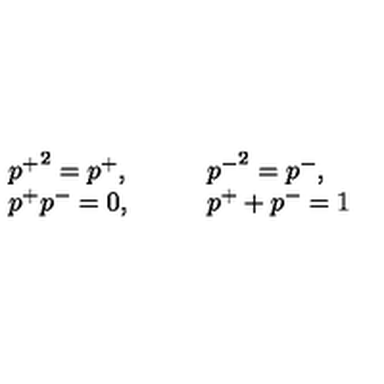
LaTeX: \begin{array} { l l } { { p ^ { + } } ^ { 2 } = p ^ { + } , } & { \qquad { p ^ { - } } ^ { 2 } = p ^ { - } , } \\ { p ^ { + } p ^ { - } = 0 , } & { \qquad p ^ { + } + p ^ { - } = 1 } \\ \end{array}